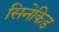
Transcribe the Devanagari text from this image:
सिनेकिड